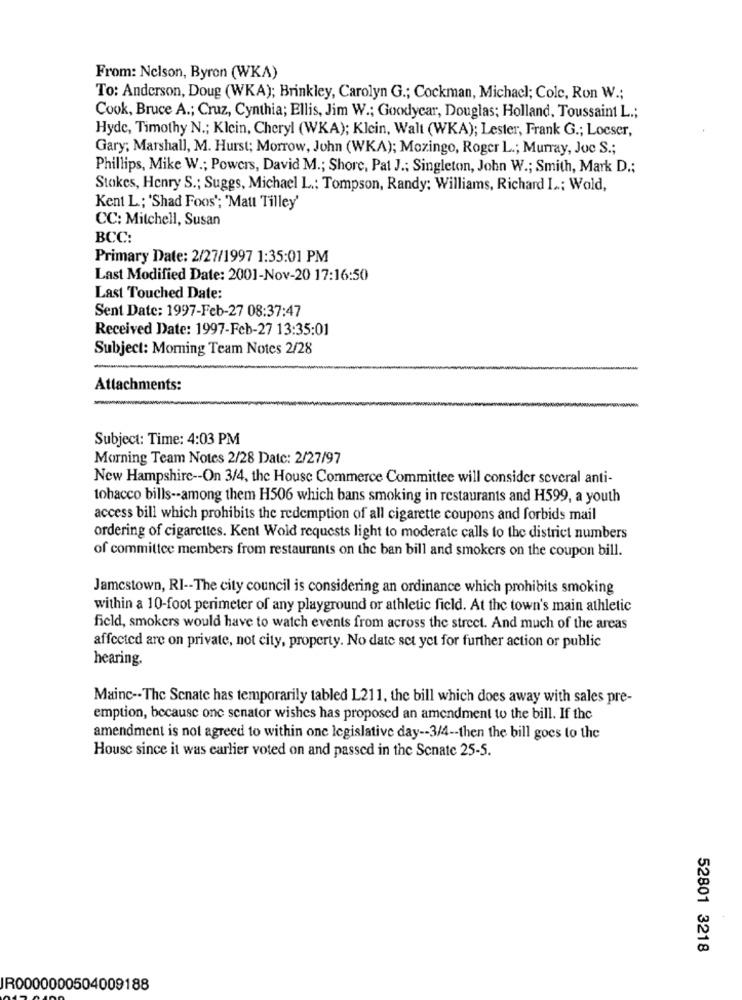
From: Nelson, Byron (WKA)
To: Anderson, Doug (WKA); Brinkley, Carolyn G .; Cockman, Michacl; Cole, Ron W .;
Cook, Bruce A .; Cruz, Cynthia; Ellis, Jim W .; Goodyear, Douglas; Holland, Toussaint L .;
Hyde, Timothy N .; Klein, Cheryl (WKA); Klein, Walt (WKA); Lester, Frank G .; Locser,
Gary; Marshall, M. Hurst; Morrow, John (WKA); Mozingo, Roger L .; Murray, Joc S .;
Phillips, Mike W .; Powers, David M .; Shore, Pat J .; Singleton, John W .; Smith, Mark D .;
Stokes, Henry S .; Suggs, Michael L .; Tompson, Randy: Williams, Richard I .; Wold,
Kent L .; 'Shad Foos'; 'Matt Tilley'
CC: Mitchell, Susan
BCC:
Primary Date: 2/27/1997 1:35:01 PM
Last Modified Date: 2001-Nov-20 17:16:50
Last Touched Date:
Sent Date: 1997-Feb-27 08:37:47
Received Date: 1997-Feb-27 13:35:01
Subject: Moming Team Notes 2/28
Attachments:
Subject: Time: 4:03 PM
Morning Team Notes 2/28 Date: 2/27/97
New Hampshire -- On 3/4, the House Commerce Committee will consider several anti-
tobacco bills -- among them H506 which bans smoking in restaurants and H599, a youth
access bill which prohibits the redemption of all cigarette coupons and forbids mail
ordering of cigarettes. Kent Wold requests light to moderate calls to the district numbers
of committee members from restaurants on the ban bill and smokers on the coupon bill.
Jamestown, RI -- The city council is considering an ordinance which prohibits smoking
within a 10-foot perimeter of any playground or athletic field. At the town's main athletic
field, smokers would have to watch events from across the street. And much of the areas
affected are on private, not city, property. No date set yet for further action or public
hearing.
Mainc -- The Senate has temporarily tabled L211, the bill which does away with sales pre-
emption, because one senator wishes has proposed an amendment to the bill. If the
amendment is not agreed to within one legislative day -- 3/4 -- then the bill goes to the
House since it was earlier voted on and passed in the Senate 25-5.
52801 3218
IR0000000504009188